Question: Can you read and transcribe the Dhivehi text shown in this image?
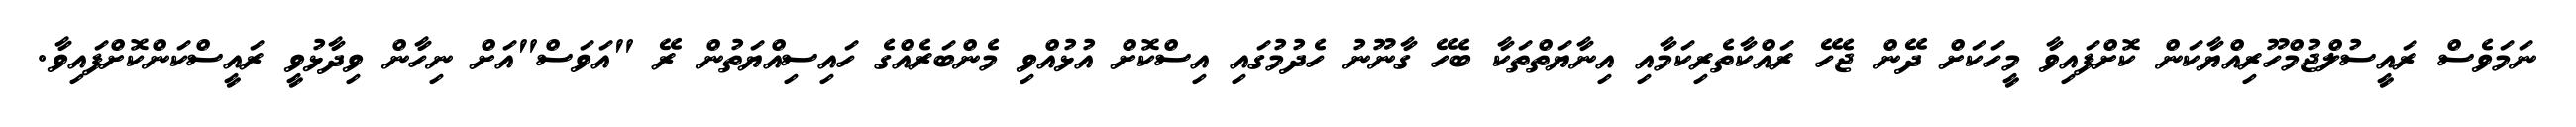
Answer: ނަމަވެސް ރައީސުލްޖުމްހޫރިއްޔާކަން ކޮށްފައިވާ މީހަކަށް ދޭން ޖެހޭ ރައްކާތެރިކަމާއި އިނާޔަތްތަކާ ބެހޭ ގާނޫނު ހެދުމުގައި އިސްކޮށް އުޅުއްވި މެންބަރެއްގެ ހައިސިއްޔަތުން ރޭ "އަވަސް"އަށް ނިހާން ވިދާޅުވީ ރައީސްކަންކޮށްފައިވާ.